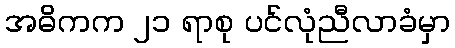
အဓိကက ၂၁ ရာစု ပင်လုံညီလာခံမှာ